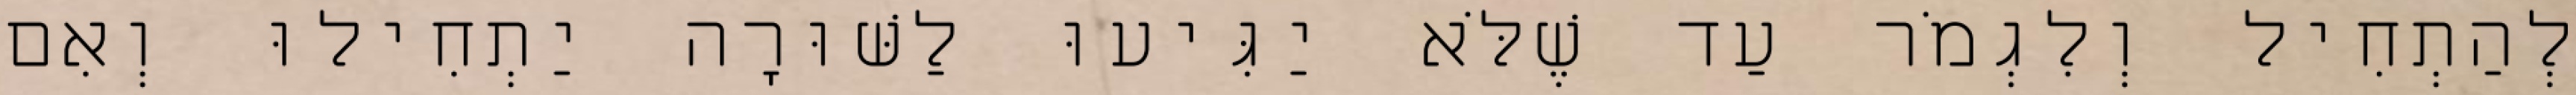
לְהַתְחִיל וְלִגְמֹר עַד שֶׁלֹּא יַגִּיעוּ לַשּׁוּרָה יַתְחִילוּ וְאִם